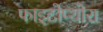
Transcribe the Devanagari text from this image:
फाइटोप्थोरा